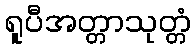
ရူပီအတ္တာသုတ္တံ